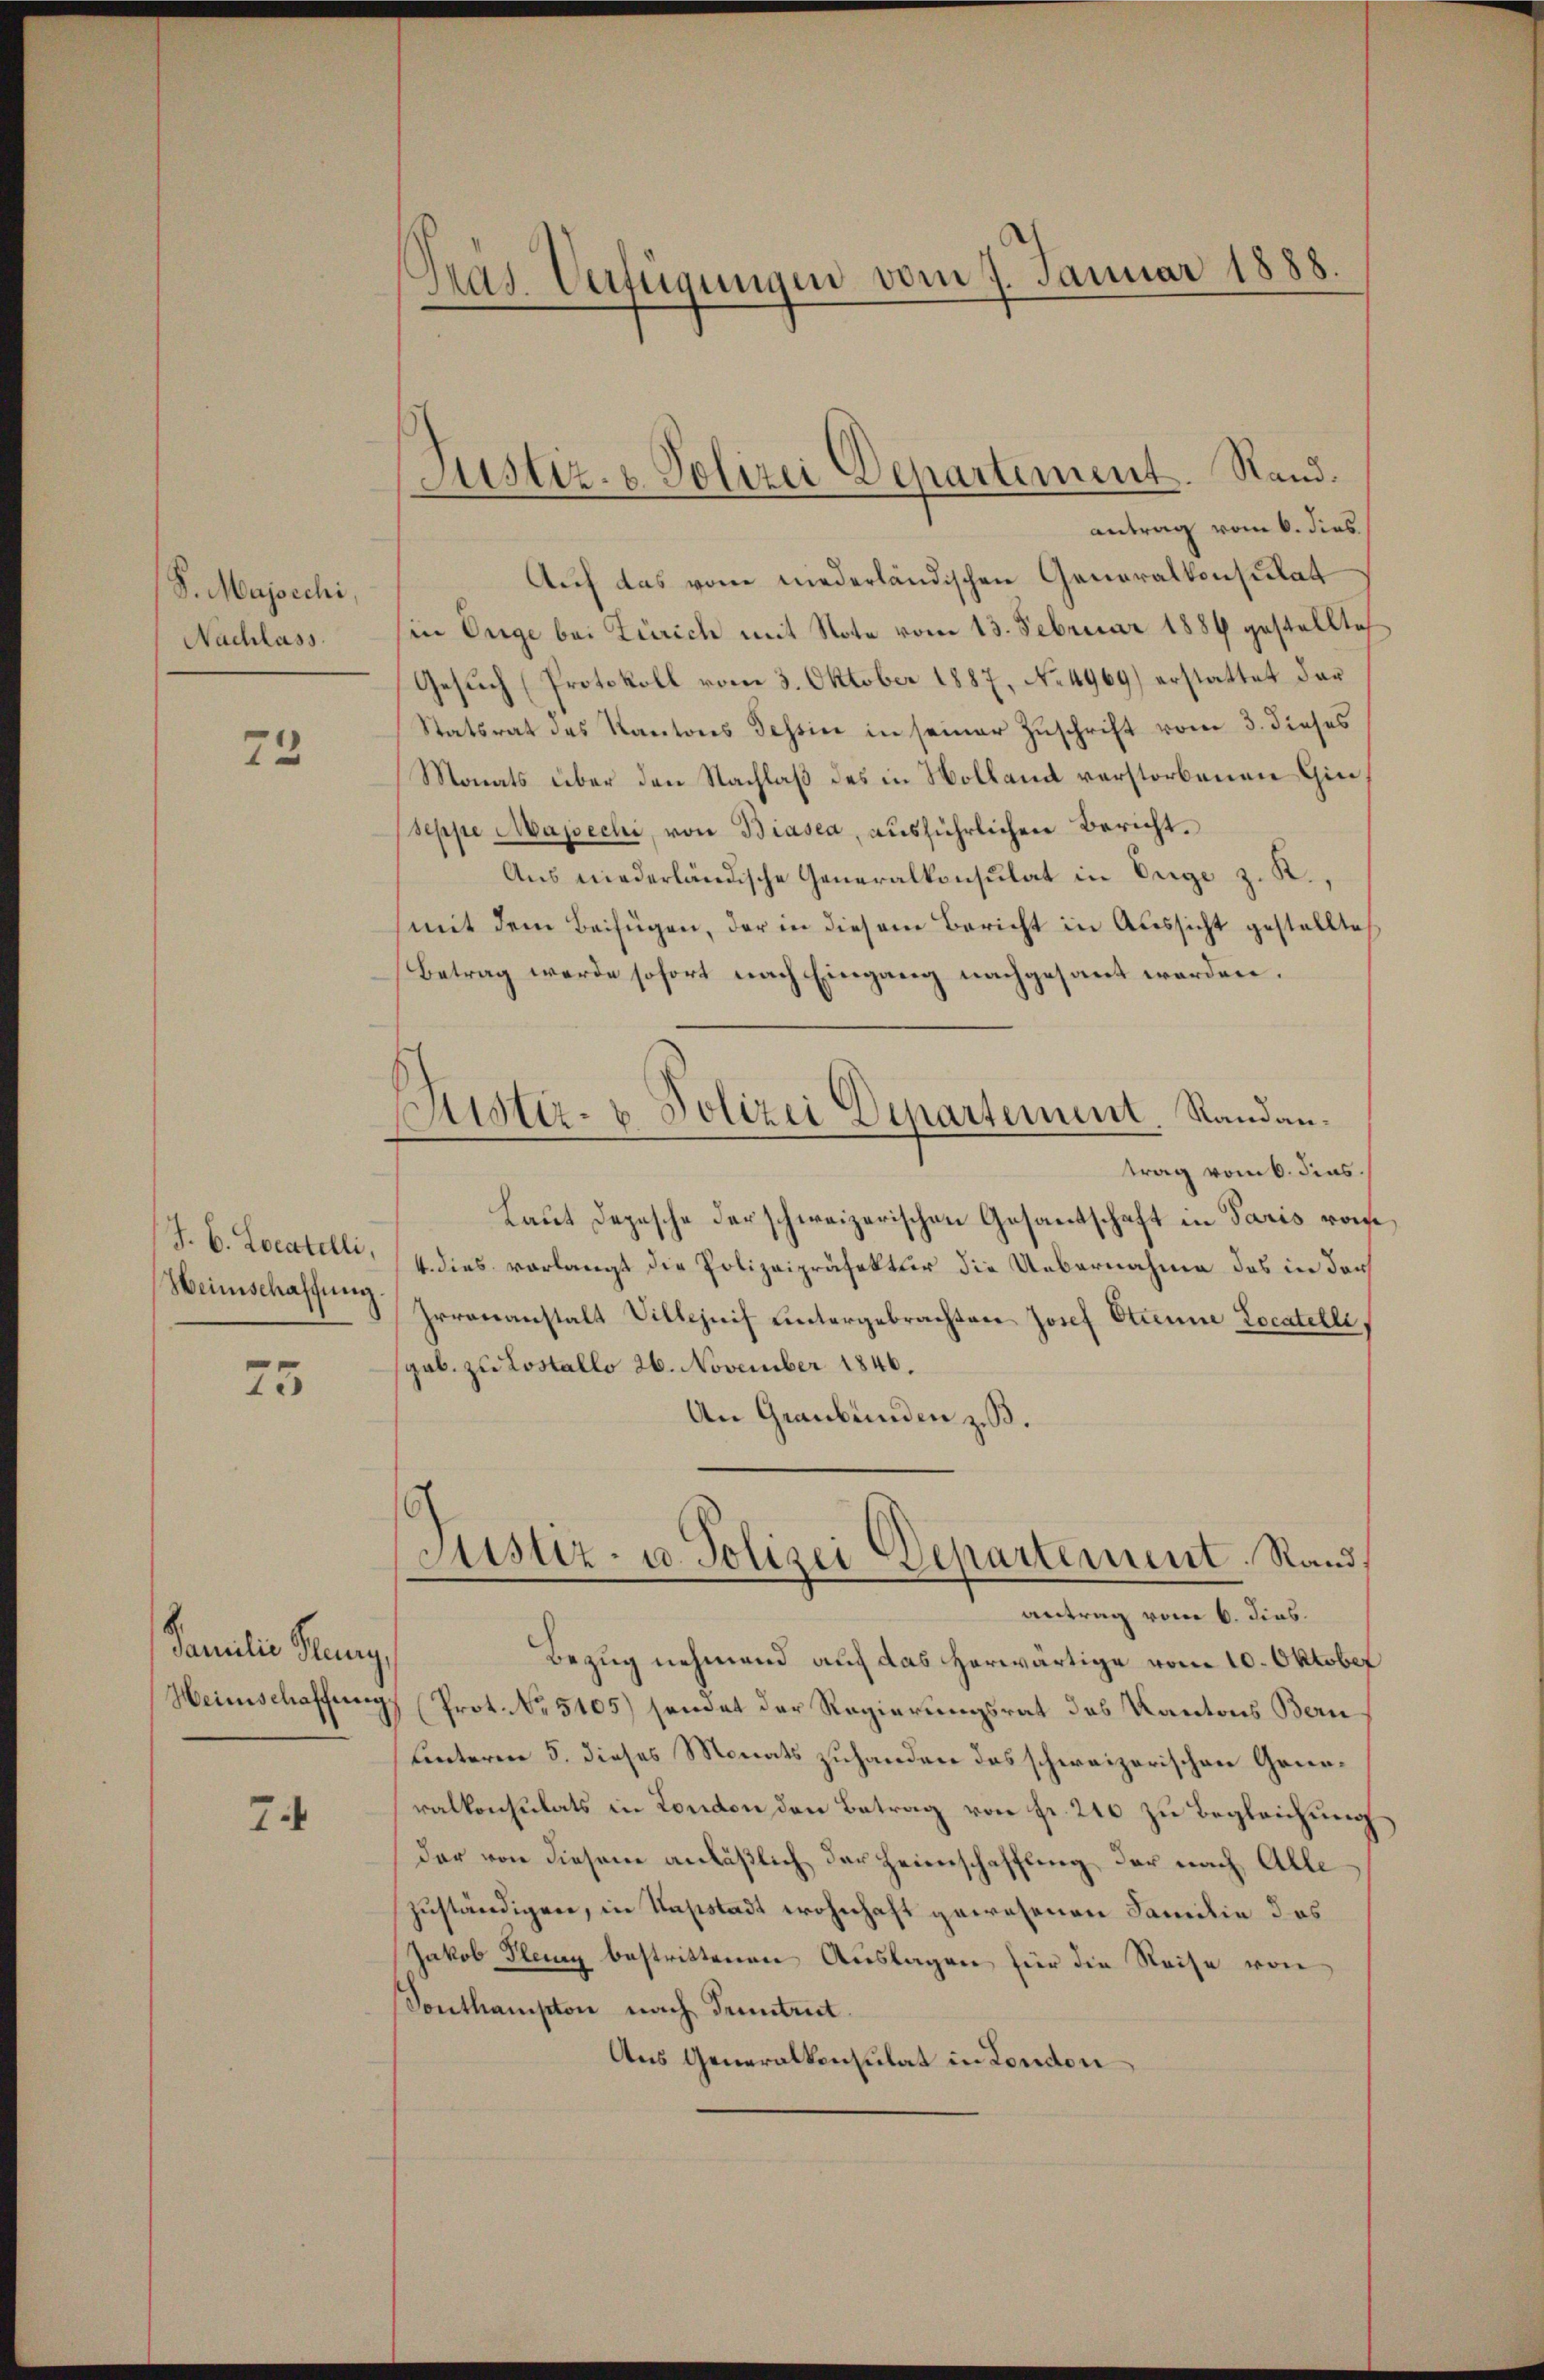
S. Majscchi,
Nachlass

73

J. B. Locatelli,
Weinschaffung.

75

Familie Juny,

74

Pras Verfügungen vom 7. Januar 1888.

Auf das vom niederländischen Generalkonsulat
in Enge bei Zürich mit Note vom 13. Februar 1884 gestellte
Gesuch (Protokoll vom 3. Oktober 1887, No 4969) erstattet dar
Statsrat des Kantons Tessin in seiner Zuschrift vom 3. dieses
Monats über den Nachlaß des in Hollamt verstorbenen Gin
seppe Mapechi, von Biasca, ausführlichen Bericht.
Aus niederländische Generalkonsulat in Enge z. R.,
mit dem Beifügen, der in diesem Bericht in Aussicht gestellte
Betrag werde sofort nach Eingang nachgesant werden.
trag vom 6. Fras.
Laut Depesche der schweizerischen Gesantschaft in Paris von
4. dies vorlangt die Polizeipräfektur die Uebernahme das in der
Irrenanstalt Villezeih untergebrachten Josef Etienne Locatelli
gab. zu Lostallo 26. November 1846.
An Graubünden zu.
Justiz- u. Polizei Departement. Rand.
antrag vom 6. dies.
Bezug nehmend auf das herwärtige vom 10. Oktober
Heimschaffungs Prot. No. 5105) sendet der Regierungsrat des Kantons Bern
uinterm 5. dieses Monats zuhanden des schweizerischen Generalkonsulats in London den Betrag von Fr. 240 zu Begleichung
der von diesen anläßlich der Heimschaffung der nach Alle
zuständigen, in Kapstadt wohnhaft gewesenen Familie das
Jakob Plenz bestrittenen Auslagen für die Reise von
Sonthampton nach Truntreit
Aus Generalkonsulat in London

Justiz- & Polizei Departement. Stand.
antrag vom 6. dies

istir- & Polizei Departement. Randan¬